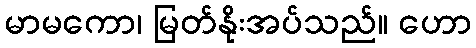
မာမကော၊ မြတ်နိုးအပ်သည်။ ဟော